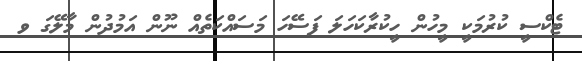
ޓެކްސީ ކުރުމަކީ މީހުން ހީކުރާކަހަލަ ފަސޭހަ މަސައްކަތެއް ނޫން އަމުދުން މާލޭގަ ވ